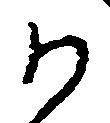
か